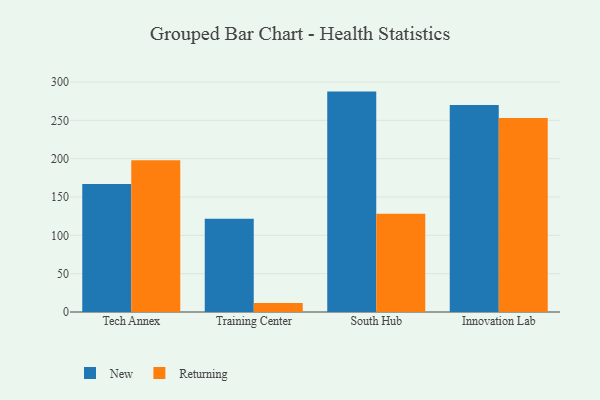
{"axis": {"x": "Campus", "y": "Churn Rate (%)"}, "legend": ["New", "Returning"], "data": [{"x": "Tech Annex", "y": 167.1, "type": "New"}, {"x": "Tech Annex", "y": 197.8, "type": "Returning"}, {"x": "Training Center", "y": 121.5, "type": "New"}, {"x": "Training Center", "y": 11.9, "type": "Returning"}, {"x": "South Hub", "y": 287.5, "type": "New"}, {"x": "South Hub", "y": 128.2, "type": "Returning"}, {"x": "Innovation Lab", "y": 269.9, "type": "New"}, {"x": "Innovation Lab", "y": 253.2, "type": "Returning"}]}